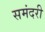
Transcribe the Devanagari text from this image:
समंदरी